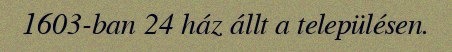
1603-ban 24 ház állt a településen.